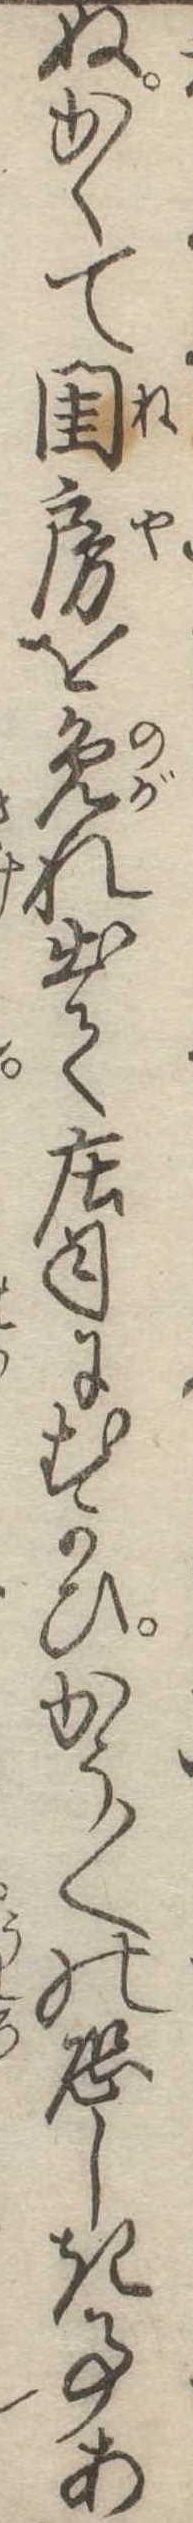
ぬかくて閨房を免れ出て荘司にむかひかう〱の恐しき事あ